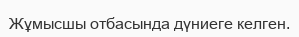
Жұмысшы отбасында дүниеге келген.